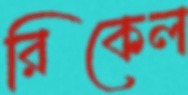
রিকেল